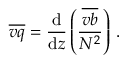
\overline { { v q } } = \frac { \mathrm { d } } { \mathrm { d } z } \left( \frac { \overline { { v b } } } { N ^ { 2 } } \right) \, .